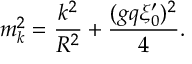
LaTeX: m _ { k } ^ { 2 } = { \frac { k ^ { 2 } } { R ^ { 2 } } } + { \frac { ( g q \xi _ { 0 } ^ { \prime } ) ^ { 2 } } { 4 } } .